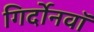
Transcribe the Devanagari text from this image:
गिर्दोनवाॅ